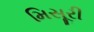
મિસૂરી